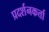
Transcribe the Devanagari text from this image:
प्रदर्शनकर्त्ता